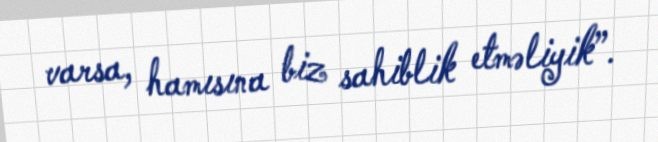
varsa, hamısına biz sahiblik etməliyik”.